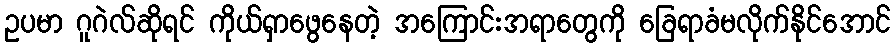
ဥပမာ ဂူဂဲလ်ဆိုရင် ကိုယ်ရှာဖွေနေတဲ့ အကြောင်းအရာတွေကို ခြေရာခံမလိုက်နိုင်အောင်